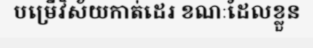
បម្រើវិស័យកាត់ដេរ ខណៈដែលខ្លួន